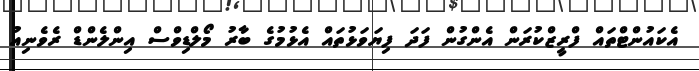
އެކައުންޓްތައް ފްރީޒްކުރަން އެންގުން ފަދަ ފިޔަވަޅުތައް އެޅުމުގެ ބާރު މޯލްޑިވްސް އިންލެންޑް ރެވެނިއު